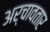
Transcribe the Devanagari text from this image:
अर्चावतार